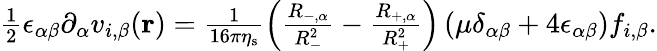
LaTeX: \begin{array}{r}{\frac{1}{2}\epsilon_{\alpha\beta}\partial_{\alpha}v_{i,\beta}(\mathbf{r})=\frac{1}{16\pi\eta_{\mathrm{s}}}\left(\frac{R_{-,\alpha}}{R_{-}^{2}}-\frac{R_{+,\alpha}}{R_{+}^{2}}\right)\left(\mu\delta_{\alpha\beta}+4\epsilon_{\alpha\beta}\right)f_{i,\beta}.}\end{array}